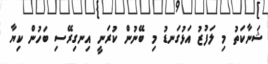
ޝަނާކަތު މި ލަފުޒު އަޅުގަނޑު މި ބޭނުން ކުރަނީ އިނގިރޭސި ބަހުން ކިޔާ